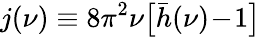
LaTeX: j(\nu)\equiv 8\pi^{2}\nu\big[\bar{h}(\nu)\! -\! 1\big]